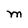
Character: M